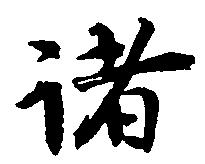
諸